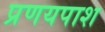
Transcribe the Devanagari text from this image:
प्रणयपाश